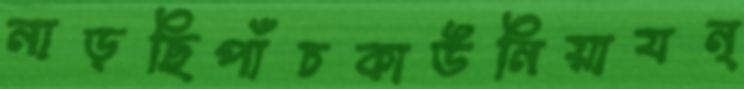
নাড়ছিপাঁচকাউনিয়াযন্